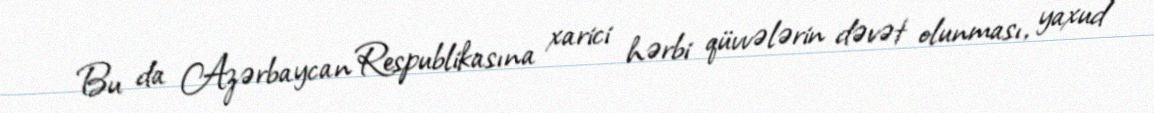
Bu da Azərbaycan Respublikasına xarici hərbi qüvvələrin dəvət olunması, yaxud